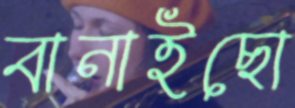
বানাইছো